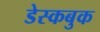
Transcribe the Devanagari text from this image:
डेस्कबुक